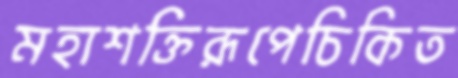
মহাশক্তিরূপেচিকিত